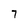
Character: 7